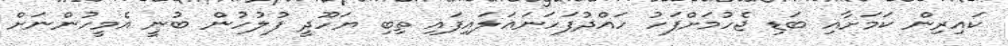
ކައިރިން ކަމަށާއި ބަޑި ޖެހުމަށްފަހު ހައްދުފަހަނައަލައިފައި ތިބި ޔަހޫދީ ފުލުހުން ބުނީ އެމީހުންނަށް